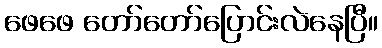
ဖေဖေ တော်တော်ပြောင်းလဲနေပြီ။